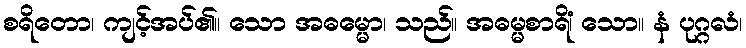
စရိတော၊ ကျင့်အပ်၏။ သော အဓမ္မော၊ သည်။ အဓမ္မစာရိံ၊ သော။ နံ ပုဂ္ဂလံ၊